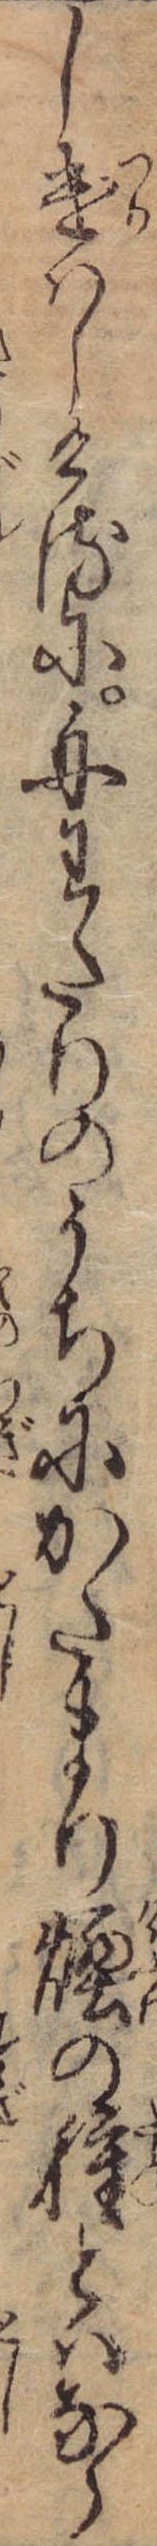
し遣はしけるに舟わたりのうちにかたまり煙の種とはなら